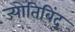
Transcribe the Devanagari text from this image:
ज्योतिबिंद